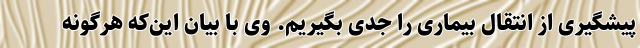
پیشگیری از انتقال بیماری را جدی بگیریم. وی با بیان این‌که هرگونه